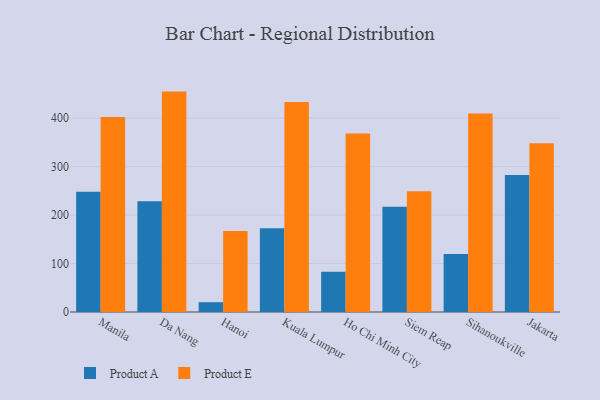
{"axis": {"x": "City", "y": "Operating Costs (USD K)"}, "legend": ["Product A", "Product E"], "data": [{"x": "Manila", "y": 248.3, "type": "Product A"}, {"x": "Manila", "y": 402.6, "type": "Product E"}, {"x": "Da Nang", "y": 228.7, "type": "Product A"}, {"x": "Da Nang", "y": 454.8, "type": "Product E"}, {"x": "Hanoi", "y": 20.2, "type": "Product A"}, {"x": "Hanoi", "y": 167.0, "type": "Product E"}, {"x": "Kuala Lumpur", "y": 172.9, "type": "Product A"}, {"x": "Kuala Lumpur", "y": 433.1, "type": "Product E"}, {"x": "Ho Chi Minh City", "y": 83.0, "type": "Product A"}, {"x": "Ho Chi Minh City", "y": 368.4, "type": "Product E"}, {"x": "Siem Reap", "y": 217.0, "type": "Product A"}, {"x": "Siem Reap", "y": 249.3, "type": "Product E"}, {"x": "Sihanoukville", "y": 119.7, "type": "Product A"}, {"x": "Sihanoukville", "y": 409.5, "type": "Product E"}, {"x": "Jakarta", "y": 282.9, "type": "Product A"}, {"x": "Jakarta", "y": 348.2, "type": "Product E"}]}